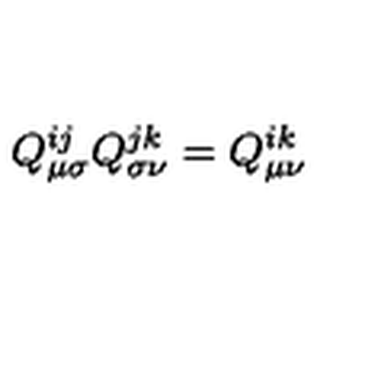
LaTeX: Q _ { \mu \sigma } ^ { i j } Q _ { \sigma \nu } ^ { j k } = Q _ { \mu \nu } ^ { i k }